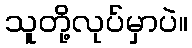
သူတို့လုပ်မှာပဲ။